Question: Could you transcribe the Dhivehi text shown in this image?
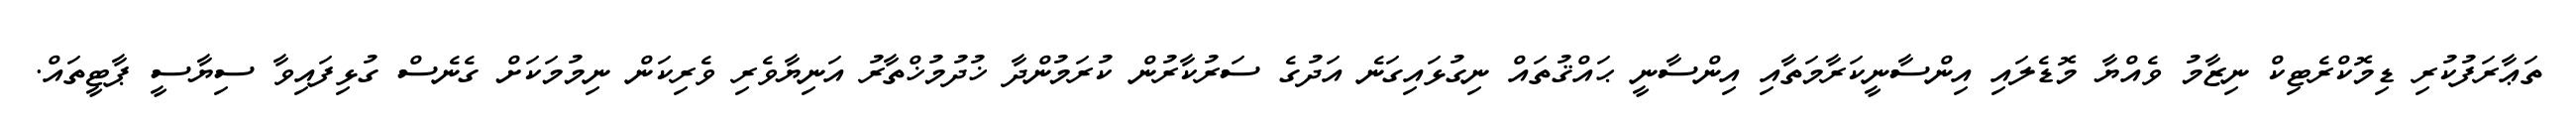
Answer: ތަޢާރަފުކުރި ޑިމޮކްރެޓިކް ނިޒާމު ވެއްޔާ މޮޑެލައި އިންސާނީކަރާމަތާއި އިންސާނީ ޙައްޤުތައް ނިގުޅައިގަނެ އަދުގެ ސަރުކާރުން ކުރަމުންދާ ޚުދުމުޚްތާރު އަނިޔާވެރި ވެރިކަން ނިމުމަކަށް ގެނެސް ގުޅިފައިވާ ސިޔާސީ ޕާޓީތައް.